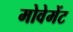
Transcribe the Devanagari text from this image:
मोवेमेंट